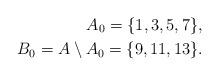
LaTeX: \begin{align*}A_0=\{1, 3, 5, 7\}, \\B_0=A\setminus A_0=\{9, 11, 13\}.\end{align*}